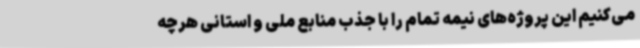
می‌کنیم این پروژه‌های نیمه تمام را با جذب منابع ملی و استانی هرچه